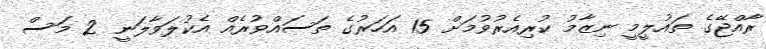
ރާއްޖޭގެ ތައުލީމީ ނިޒާމު ކުރިއެރުވުމަށް 15 އަހަރުގެ ތަސައްވުރެއް އެކުލަވާލަނީ 2 މަސް